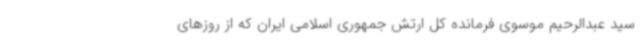
سید عبدالرحیم موسوی فرمانده کل ارتش جمهوری اسلامی ایران که از روزهای